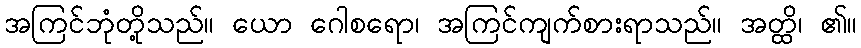
အကြင်ဘုံတို့သည်။ ယော ဂေါစရော၊ အကြင်ကျက်စားရာသည်။ အတ္ထိ၊ ၏။